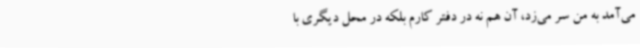
می‌آمد به من سر می‌زد، آن هم نه در دفتر کارم بلکه در محل دیگری با